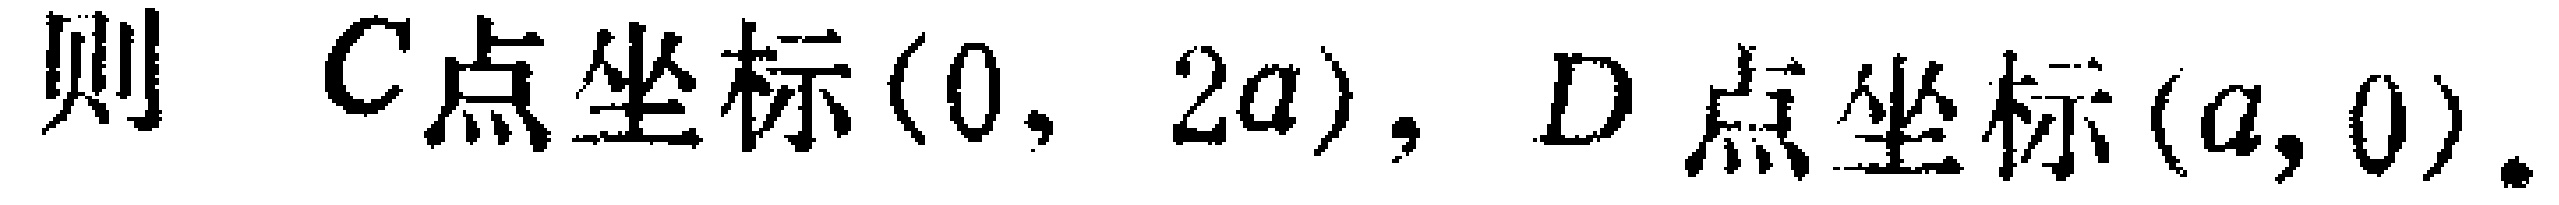
例11 在双曲线$x^{2}-\frac{y^{2}}{2}=1$上能否存在关于点$A(1,1)$对称的相异两点.